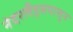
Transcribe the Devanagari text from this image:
नेदरलँड्सपासून